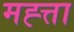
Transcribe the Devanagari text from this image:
मह्त्ता